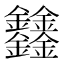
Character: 𨰻